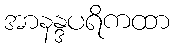
အာနန္ဒပရိကထာ